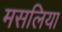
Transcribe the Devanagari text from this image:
मसलिया